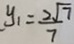
y _ { 1 } = \frac { 2 \sqrt { 7 } } { 7 }